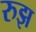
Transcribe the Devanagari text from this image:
रुझ